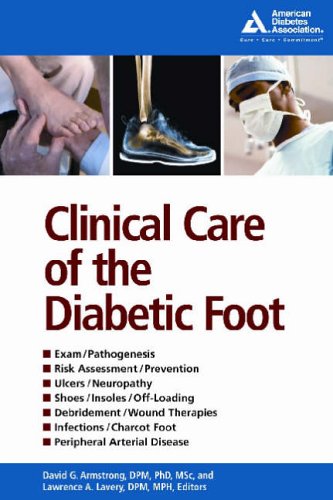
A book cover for Clinical Care of the Diabetic Foot; David Armstrong; Medical Books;